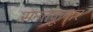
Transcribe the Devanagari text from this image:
सनतकूमार